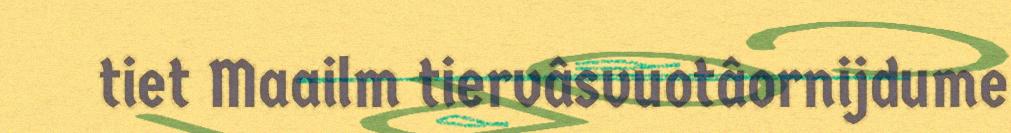
tiet Maailm tiervâsvuotâornijdume